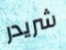
شريدر